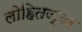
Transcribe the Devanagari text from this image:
लोहितज्वर